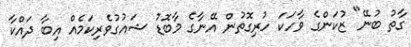
ގާތު ބުނޭ" ޒުކަންގެ ވާހަކަ ހުރިގޮތުން އޭނާގެ މާބޮޑު ޝައުގުވެރިކަމެއް އިބާ ދައްކާ